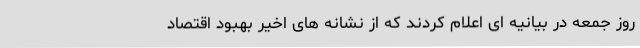
روز جمعه در بیانیه ای اعلام کردند که از نشانه های اخیر بهبود اقتصاد